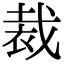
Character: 裁